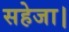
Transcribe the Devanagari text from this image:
सहेजा।